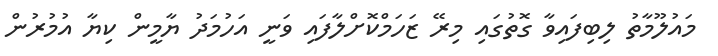
މައުލޫމާތު ލިބިފައިވާ ގޮތުގައި މިރޭ ޒަހަމްކޮށްލާފައި ވަނީ އަހުމަދު ޔާމީން ކިޔާ އުމުރުން